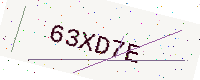
Text: 63XD7E